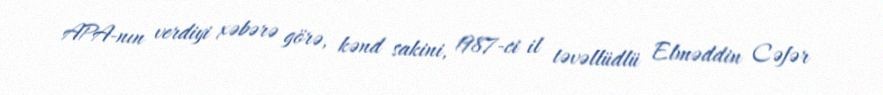
APA-nın verdiyi xəbərə görə, kənd sakini, 1987-ci il təvəllüdlü Elməddin Cəfər